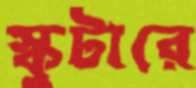
স্কুটারে